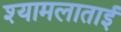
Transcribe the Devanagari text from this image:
श्यामलाताई